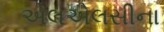
એલએલસીના